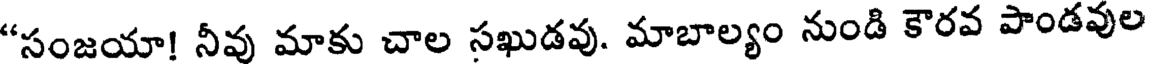
"సంజయా! నీవు మాకు చాల సఖుడవు. మాబాల్యం నుండి కౌరవ పాండవుల